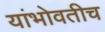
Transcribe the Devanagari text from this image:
यांभोवतीच